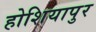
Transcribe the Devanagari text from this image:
होशियापुर